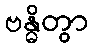
ဗန္ဓိတွာ